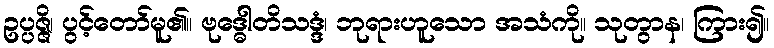
ဥပ္ပဇ္ဇိ၊ ပွင့်တော်မူ၏။ ဗုဒ္ဓေါတိသဒ္ဒံ၊ ဘုရားဟူသော အသံကို။ သုတွာန၊ ကြား၍။